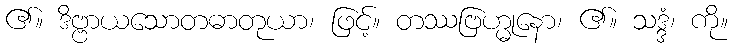
၏။ ဒိဗ္ဗာယသောတဓာတုယာ၊ ဖြင့်။ တဿဗြဟ္မုနော၊ ၏။ သဒ္ဒံ၊ ကို။